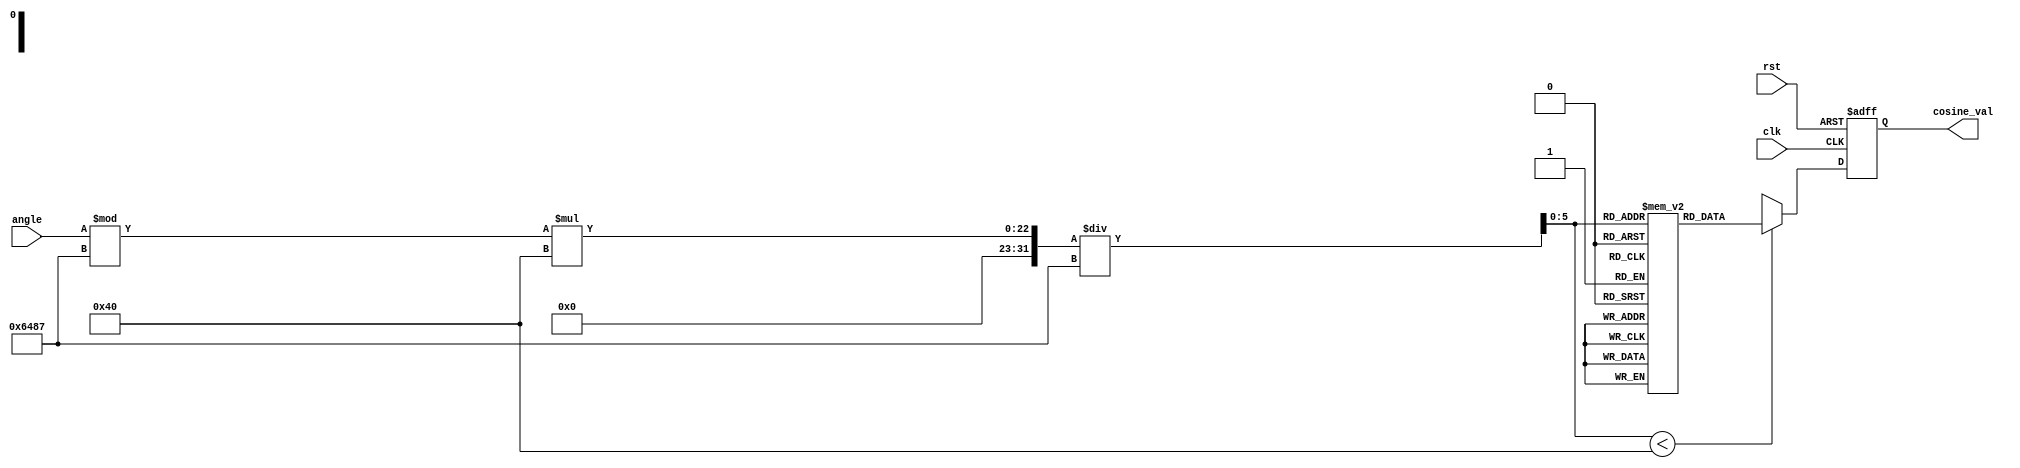
module cosine_block (
    input  wire [15:0] angle,     // Input angle in fixed-point (16 bits)
    output reg  [15:0] cosine_val, // Output cosine value in fixed-point (16 bits)
    input  wire clk,               // Clock signal
    input  wire rst                // Reset signal
);

    // Parameters
    parameter LUT_SIZE = 64;       // Size of the lookup table
    parameter LUT_WIDTH = 16;      // Width of LUT entries
    parameter PI = 16'h3243;       // Approximation of  in fixed-point (16 bits)
    parameter TWO_PI = 16'h6487;   // Approximation of 2 in fixed-point (16 bits)

    // Lookup table for cosine values (precomputed for 0 to 2)
    reg [LUT_WIDTH-1:0] cos_lut [0:LUT_SIZE-1];

    // Initialize the LUT with precomputed values (example values)
    initial begin
        // Example values for LUT (cos(0), cos(0.1), ..., cos(6.2))
        cos_lut[0] = 16'h1000; // cos(0)
        cos_lut[1] = 16'h0F9C; // cos(0.1)
        // ... fill in the rest of the LUT ...
        cos_lut[62] = 16'h0F9C; // cos(6.1)
        cos_lut[63] = 16'h1000; // cos(6.2)
    end

    // Internal signals
    reg [15:0] normalized_angle;
    reg [5:0] lut_index;
    reg [15:0] polynomial_approx;

    // Polynomial approximation coefficients for cos(x) using Taylor series
    parameter [15:0] A0 = 16'h1000; // 1
    parameter [15:0] A1 = 16'h0;     // 0
    parameter [15:0] A2 = 16'hFC00;  // -1/2
    parameter [15:0] A3 = 16'h0;     // 0
    parameter [15:0] A4 = 16'h0400;  // 1/24
    parameter [15:0] A5 = 16'h0;     // 0

    // Angle normalization and range reduction
    always @(posedge clk or posedge rst) begin
        if (rst) begin
            cosine_val <= 16'h0;
        end else begin
            // Normalize angle to [0, 2]
            normalized_angle = angle % TWO_PI;

            // Determine LUT index
            lut_index = normalized_angle * LUT_SIZE / TWO_PI;

            // Select between LUT and polynomial approximation
            if (lut_index < LUT_SIZE) begin
                cosine_val <= cos_lut[lut_index]; // Use LUT
            end else begin
                // Polynomial approximation for angles not in LUT
                polynomial_approx = A0 + (A2 * normalized_angle * normalized_angle) / 16'h10000 +
                                    (A4 * normalized_angle * normalized_angle * normalized_angle * normalized_angle) / 16'h1000000;
                cosine_val <= polynomial_approx; // Use polynomial approximation
            end
        end
    end

endmodule